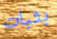
بثبات